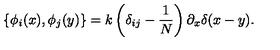
\left\{ \phi _ { i } ( x ) , \phi _ { j } ( y ) \right\} = k \left( \delta _ { i j } - \frac { 1 } { N } \right) \partial _ { x } \delta ( x - y ) .